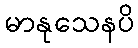
မာနုသေနပိ